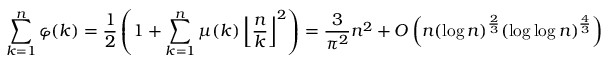
\sum _ { k = 1 } ^ { n } \varphi ( k ) = { \frac { 1 } { 2 } } \left( 1 + \sum _ { k = 1 } ^ { n } \mu ( k ) \left\lfloor { \frac { n } { k } } \right\rfloor ^ { 2 } \right) = { \frac { 3 } { \pi ^ { 2 } } } n ^ { 2 } + O \left( n ( \log n ) ^ { \frac { 2 } { 3 } } ( \log \log n ) ^ { \frac { 4 } { 3 } } \right)